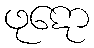
ဖုဋော